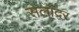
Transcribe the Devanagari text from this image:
सेलॉदर